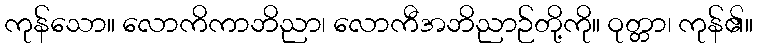
ကုန်သော။ လောကိကာဘိညာ၊ လောကီအဘိညာဉ်တို့ကို။ ဝုတ္တာ၊ ကုန်၏။